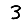
Digit: 3